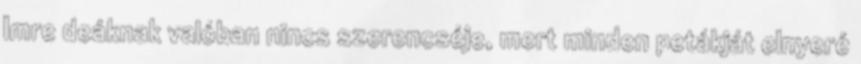
Imre deáknak valóban nincs szerencséje, mert minden petákját elnyeré